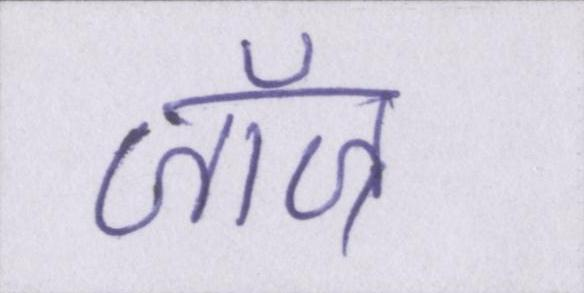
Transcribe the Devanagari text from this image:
जॉज्र